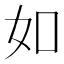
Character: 如